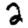
Digit: 2